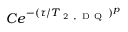
C e ^ { - ( \tau / T _ { \mathrm { ~ 2 ~ , ~ D ~ Q ~ } } ) ^ { p } }